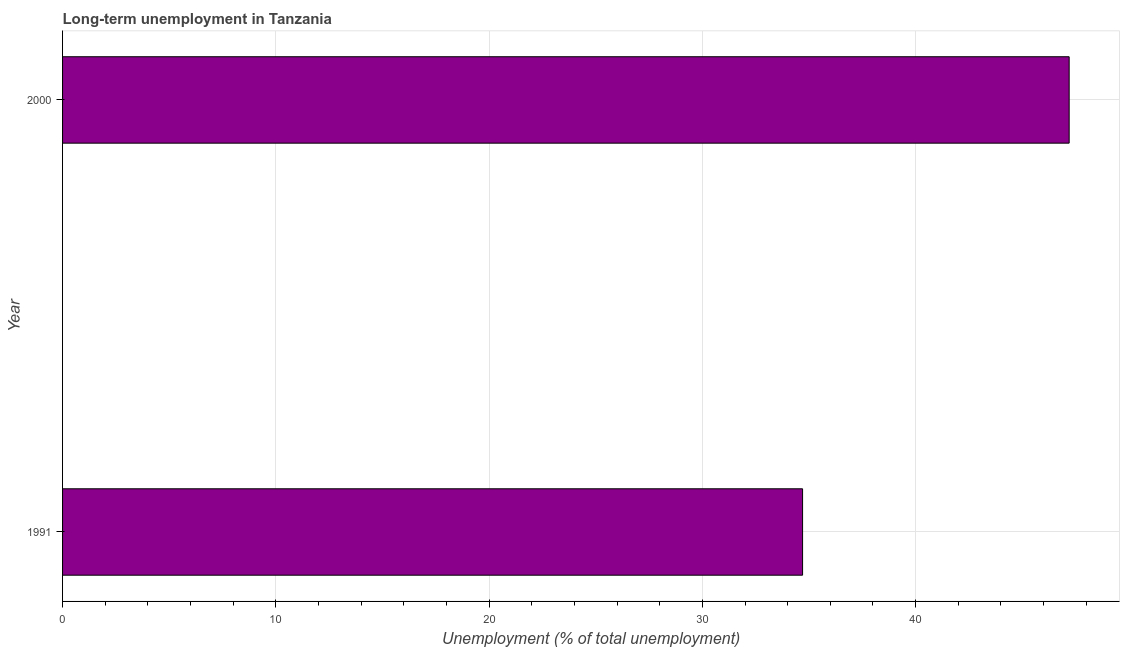
| Year | Long-term unemployment  |
 | --- | --- |
 | 1991 | 34.7 |
 | 2000 | 47.2 |